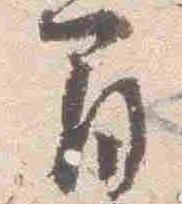
間